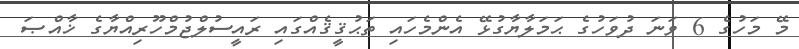
މޭ މަހުގެ 6 ވަނަ ދުވަހުގެ ޙަމަލާޔާގުޅޭ އެންމެހައި ތަޙުޤީޤެއްގައި ރައީސުލްޖުމްހޫރިއްޔާގެ ޚާއްޞަ